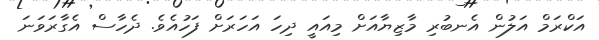
އަކްރަމް އަލުން އެނބުރި މާޒިޔާއަށް މިއައީ ދިހަ އަހަރަށް ފަހުއެވެ. ދެހާސް އެގާރަވަނަ